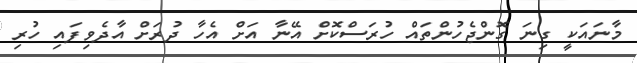
މާނައަކީ ގިނަ ގޮންޖެހުންތައް ހުރަސްކޮށް އޭނާ އަށް އެހާ ދުރަށް އާދެވިފައި ހުރި